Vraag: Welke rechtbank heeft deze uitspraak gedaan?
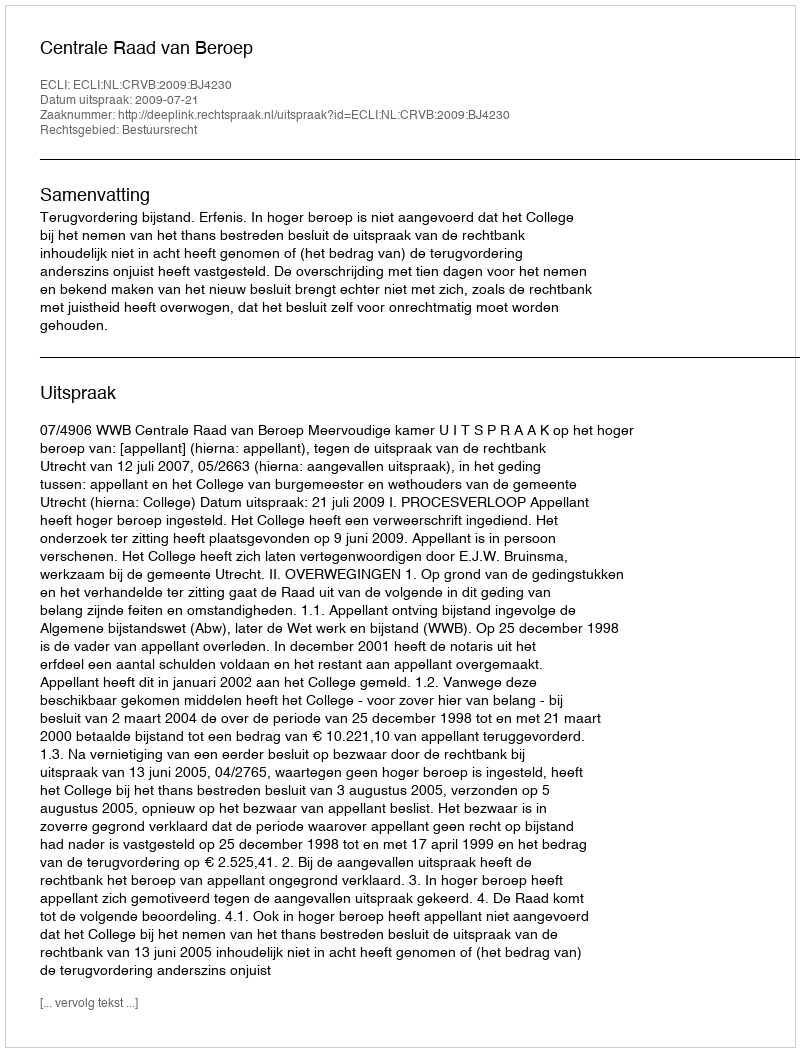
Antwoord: Centrale Raad van Beroep